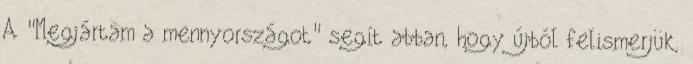
A "Megjártam a mennyországot" segít abban, hogy újból felismerjük,